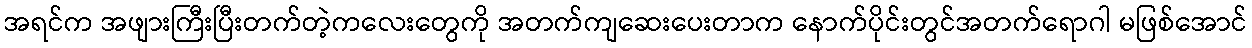
အရင်က အဖျားကြီးပြီးတက်တဲ့ကလေးတွေကို အတက်ကျဆေးပေးတာက နောက်ပိုင်းတွင်အတက်ရောဂါ မဖြစ်အောင်